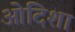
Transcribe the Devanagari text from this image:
ओदिशा